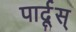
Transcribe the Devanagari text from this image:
पार्दूस्